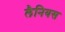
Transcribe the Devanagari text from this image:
लैनियस